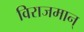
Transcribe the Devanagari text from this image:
विराजमान्‌